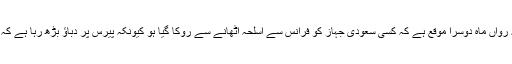
تشدد کے خلاف ایک مسیحی ادارے ACAT کے مطابق یہ رواں ماہ دوسرا موقع ہے کہ کسی سعودی جہاز کو فرانس سے اسلحہ اٹھانے سے روکا گیا ہو کیونکہ پیرس پر دباؤ بڑھ رہا ہے کہ وہ مملکت سعودی عرب کو اسلحہ فروخت کرنا بند کردے۔